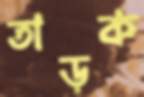
তাড়ক